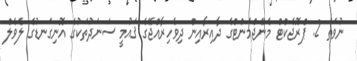
ނުވަތަ 2. ޕްރޮޖެކްޓް މެނޭޖްމަންޓްގެ ދާއިރާއިން ދިވެހިރާއްޖޭގެ ޤައުމީ ސަނަދުތަކުގެ އޮނިގަނޑުގެ ލެވެލް